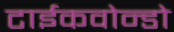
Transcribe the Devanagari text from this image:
टाईकवोन्डो